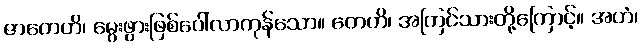
ဇာတေဟိ၊ မွေးဖွားဖြစ်ပေါ်လာကုန်သော။ တေဟိ၊ အကြင်သားတို့ကြောင့်။ အဟံ၊